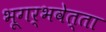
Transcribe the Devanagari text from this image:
भूगर्भवेत्ता